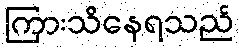
ကြားသိနေရသည်